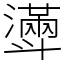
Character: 𣂎